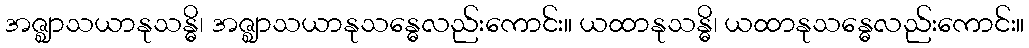
အဇ္ဈာသယာနုသန္ဓိ၊ အဇ္ဈာသယာနုသန္ဓေလည်းကောင်း။ ယထာနုသန္ဓိ၊ ယထာနုသန္ဓေလည်းကောင်း။